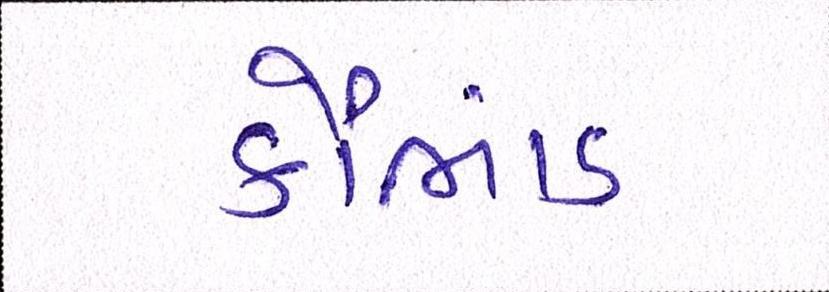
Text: કૌભાંડ